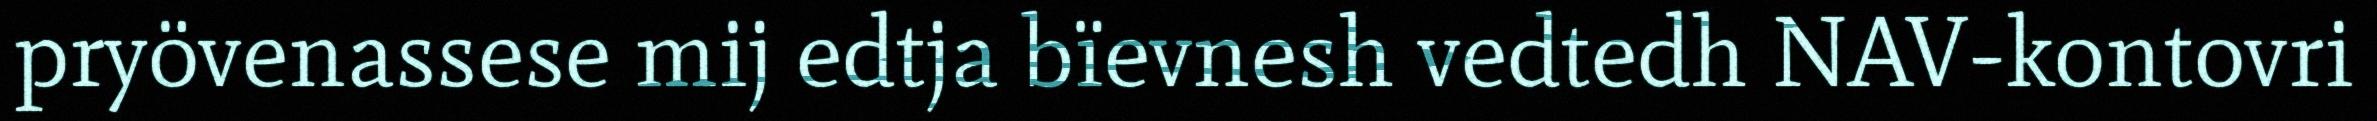
pryövenassese mij edtja bïevnesh vedtedh NAV-kontovri